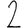
Digit: 2